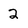
Character: 2